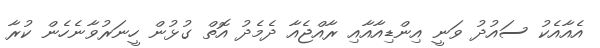
އެއާއެކު ސައުދު ވަނީ އިންޑިއާއާއި ރާއްޖެއާ ދެމެދު އޮތް ގުޅުން ހީނަރުވާނެހެން ކުރާ